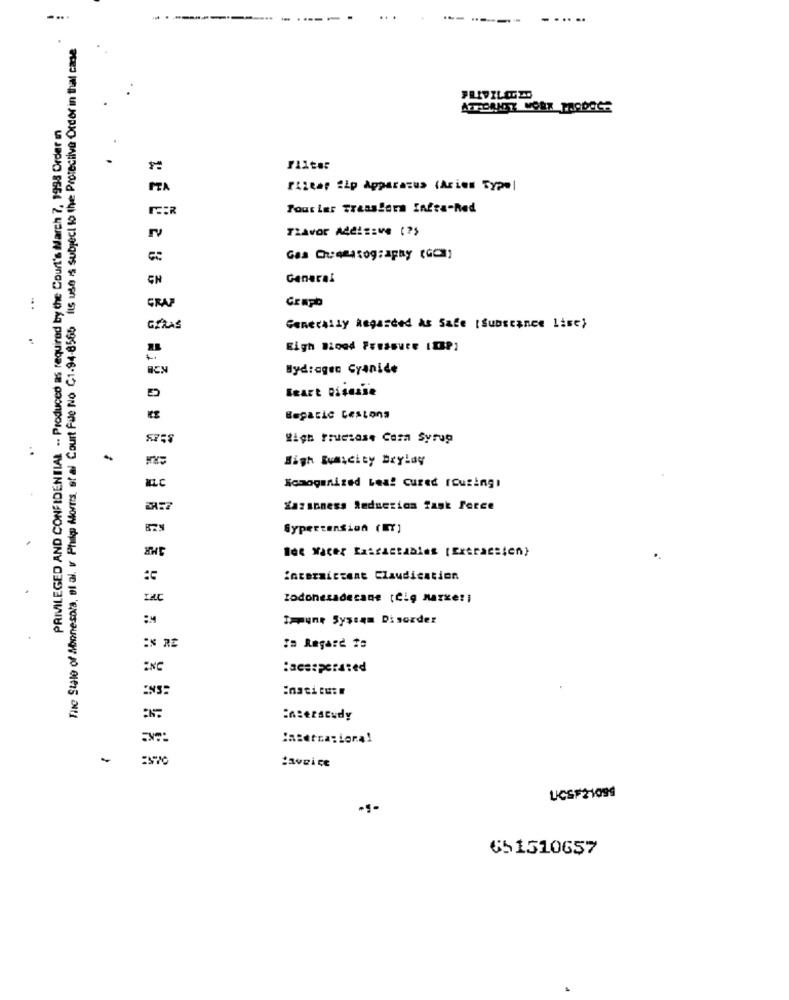
-------
The State of Minnesota, of al. I Phile Morris, et al Court Fue No C1-94-8565 Its use is subject to the Protective Order in that case
PRIVILEGED AND CONFIDENTIAL .. Produced as required by the Court's March 7, 1998 Order in
Filear Cip Apparatus (Aries Type)
Tout Las TraasSers Infra-Red
Tiavor Additive (25
Gas Chromatography (GCm)
CH
General
GRAP
Graph
.. .
GERAS
Generally Regarded as Sale [Substance lise)
Bydragen Cyanide
Heart Disease
KE
Begatic Cestona
Wigh truetase Caza Syrup
High Bunscity BryLay
Komoganired Leaf cured rousing!
Yazinness Reduction Task Force
Sypertension (ET)
Wee wacer Kasfactables (Extracsien)
intermittent Claudication
zodonesadecane (Čig nazxeri
Topune Systam Disorder
In Regard 1:
ENC
ENS:
:nsesuddy
-
UCSF21099
651510657